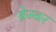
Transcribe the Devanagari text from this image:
ब्रेम्नर